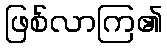
ဖြစ်လာကြ၏